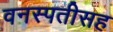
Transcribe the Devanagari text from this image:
वनस्पतीसह